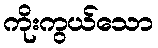
ကိုးကွယ်သော